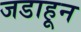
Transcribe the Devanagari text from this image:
जडाहून